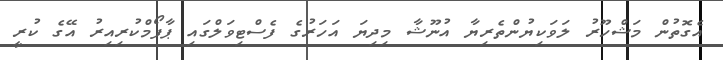
އެގޮތުން މަޝްހޫރު ލަވަކިޔުންތެރިޔާ އުނޫޝާ މިދިޔަ އަހަރުގެ ފެސްޓިވަލްގައި ޕާފޯމްކުރިއިރު އޭގެ ކުރީ